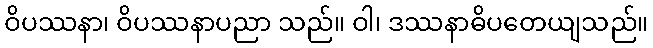
ဝိပဿနာ၊ ဝိပဿနာပညာ သည်။ ဝါ၊ ဒဿနာဓိပတေယျသည်။